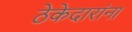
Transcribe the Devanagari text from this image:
ठेकेदारांना